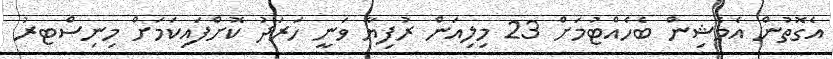
އެގޮތުން އެމެޝިން ބެހެއްޓުމަށް 23 މިލިއަން ރުފިޔާ ވަނީ ހަރަދު ކޮށްފައިކަމަށް މިނިސްޓރު